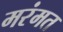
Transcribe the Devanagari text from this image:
मरंमत